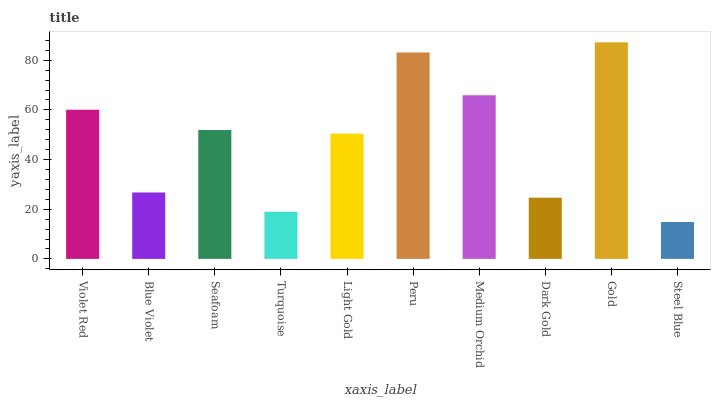
| xaxis_label | bars |
 | --- | --- |
 | Violet Red | 60.1 |
 | Blue Violet | 26.7 |
 | Seafoam | 51.9 |
 | Turquoise | 19 |
 | Light Gold | 50.4 |
 | Peru | 83.1 |
 | Medium Orchid | 65.9 |
 | Dark Gold | 24.6 |
 | Gold | 87.2 |
 | Steel Blue | 14.9 |